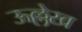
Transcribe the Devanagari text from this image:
ऊल्लेख